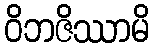
ဝိဘဇိဿာမိ